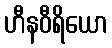
ဟီနဝီရိယော